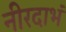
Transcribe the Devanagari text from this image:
नीरदाभं